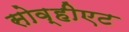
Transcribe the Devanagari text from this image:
सोव्हीएट